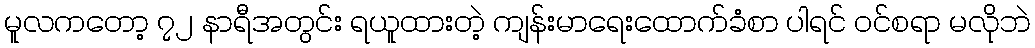
မူလကတော့ ၇၂ နာရီအတွင်း ရယူထားတဲ့ ကျန်းမာရေးထောက်ခံစာ ပါရင် ဝင်စရာ မလိုဘဲ